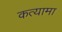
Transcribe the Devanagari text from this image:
कत्यामा